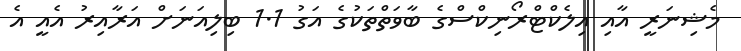
މެޝިނަރީ އާއި އިލެކްޓްރޯނިކްސްގެ ބާވަތްތަކުގެ އަގު 1.1 ބިލިއަނަށް އަރާއިރު އެއީ އެ